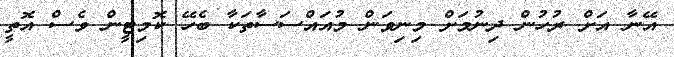
އޭނާ އަށް ރުހުން ދިނުމަށް މިނިވަން މުއައްސަސާތަކާ ބެހޭ ކޮމިޓީން ވެސް އޮތީ